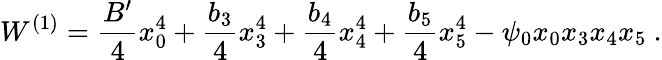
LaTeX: W^{(1)}=\frac{B^{\prime}}{4}x_{0}^{4}+\frac{b_{3}}{4}x_{3}^{4}+\frac{b_{4}}{4}x_{4}^{4}+\frac{b_{5}}{4}x_{5}^{4}-\psi_{0}x_{0}x_{3}x_{4}x_{5}\ .